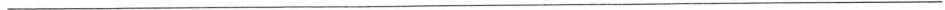
___